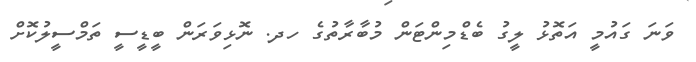
ވަނަ ގައުމީ އަތޮޅު ލީގު ބެޑްމިންޓަން މުބާރާތުގެ ހދ. ނޮޅިވަރަން ބީޑީސީ ތަމްސީލުކޮށް